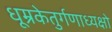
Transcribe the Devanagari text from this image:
धूम्रकेतुर्गणाध्यक्षो